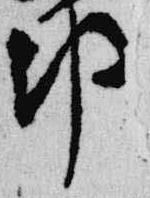
邦